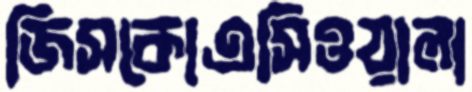
জিসকোএসিওয়ালা